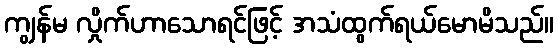
ကျွန်မ လှိုက်ဟာသောရင်ဖြင့် အသံထွက်ရယ်မောမိသည်။